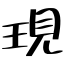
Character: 現